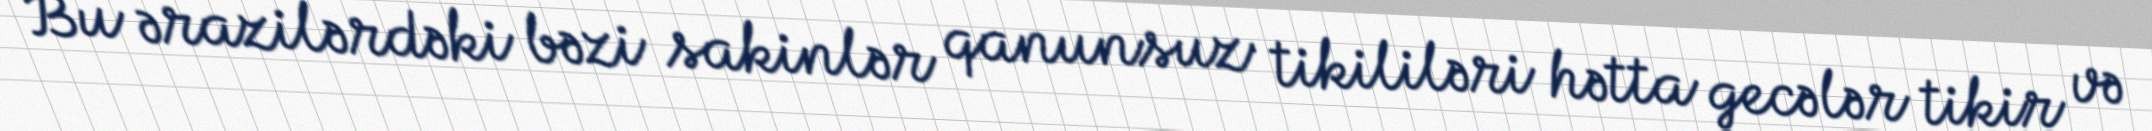
Bu ərazilərdəki bəzi sakinlər qanunsuz tikililəri hətta gecələr tikir və